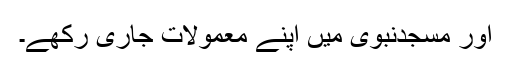
اور مسجدنبوی میں اپنے معمولات جاری رکھے۔